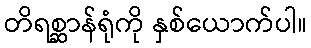
တိရစ္ဆာန်ရုံကို နှစ်ယောက်ပါ။